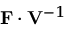
\mathbf { F } \cdot \mathbf { V } ^ { - 1 }